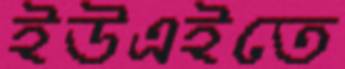
ইউএইতে